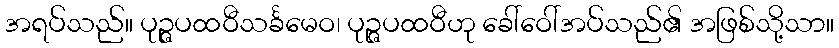
အရပ်သည်။ ပုဉ္ဇပထဝီသင်္ခမေဝ၊ ပုဉ္ဇပထဝီဟု ခေါ်ဝေါ်အပ်သည်၏ အဖြစ်သို့သာ။